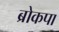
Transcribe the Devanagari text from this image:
ब्रोकपा